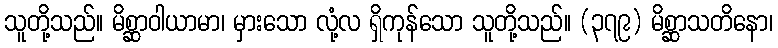
သူတို့သည်။ မိစ္ဆာဝါယာမာ၊ မှားသော လုံ့လ ရှိကုန်သော သူတို့သည်။ (၃၇၉) မိစ္ဆာသတိနော၊